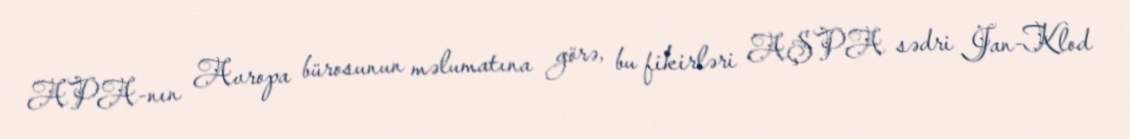
APA-nın Avropa bürosunun məlumatına görə, bu fikirləri AŞPA sədri Jan-Klod